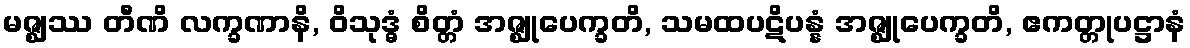
မဇ္ဈဿ တီဏိ လက္ခဏာနိ, ဝိသုဒ္ဓံ စိတ္တံ အဇ္ဈုပေက္ခတိ, သမထပဋိပန္နံ အဇ္ဈုပေက္ခတိ, ဧကတ္တုပဋ္ဌာနံ